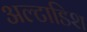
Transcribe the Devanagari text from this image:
अल्टाडिश